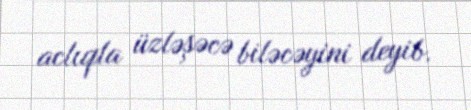
aclıqla üzləşəcə biləcəyini deyib.